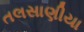
તલસાણીયા